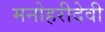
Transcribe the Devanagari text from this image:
मनोहरीदेवी